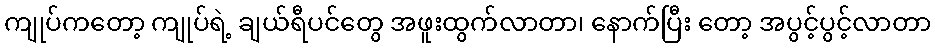
ကျုပ်ကတော့ ကျုပ်ရဲ့ ချယ်ရီပင်တွေ အဖူးထွက်လာတာ၊ နောက်ပြီး တော့ အပွင့်ပွင့်လာတာ